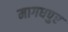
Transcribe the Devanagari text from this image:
मागधपुर